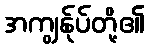
အကျွန်ုပ်တို့၏